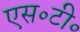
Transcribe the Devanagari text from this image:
एस॰टी॰